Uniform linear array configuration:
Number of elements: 32
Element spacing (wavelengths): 0.5
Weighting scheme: cosine
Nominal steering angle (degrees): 15
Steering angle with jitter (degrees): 16.654
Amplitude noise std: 0.05
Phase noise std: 0.05

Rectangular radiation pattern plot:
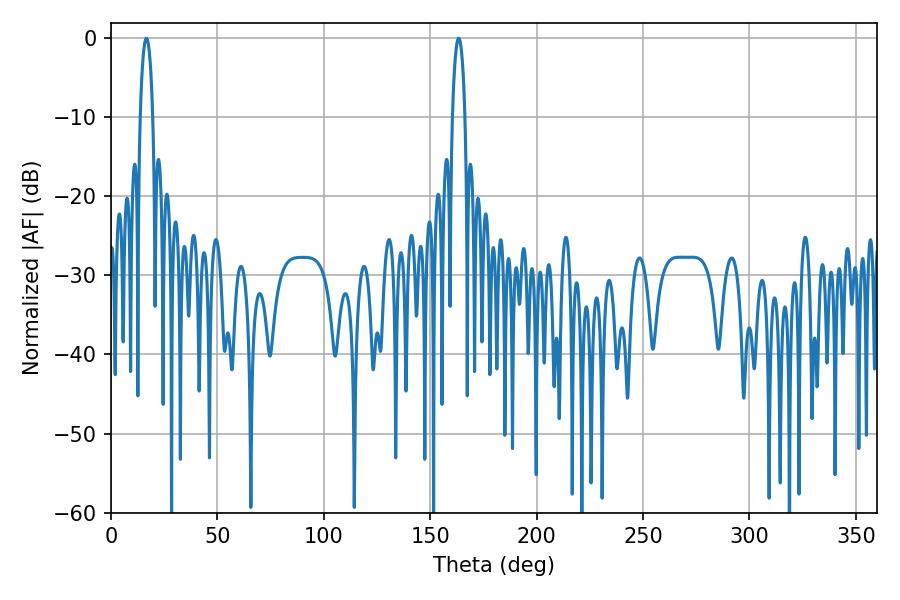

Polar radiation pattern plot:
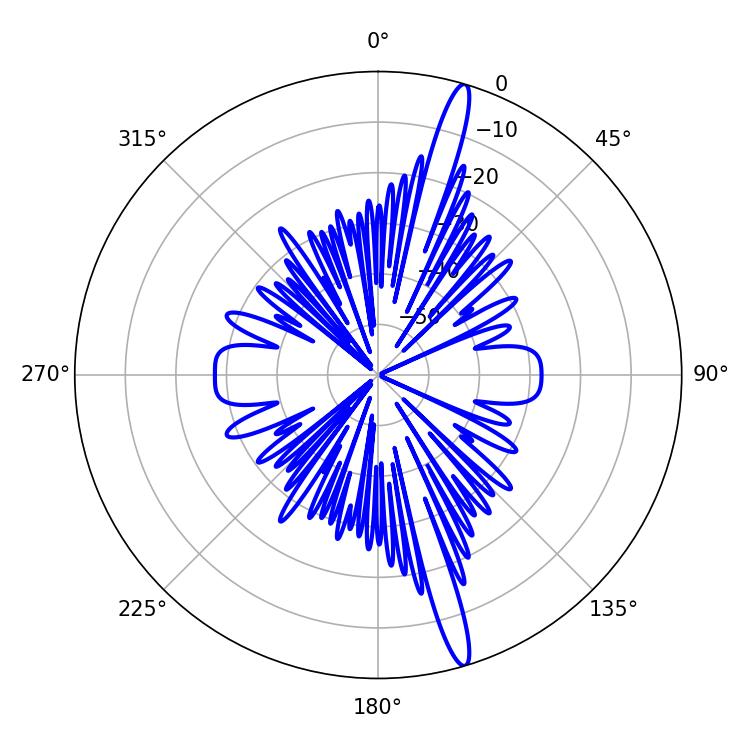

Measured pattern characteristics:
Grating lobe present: FALSE
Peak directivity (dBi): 17.284
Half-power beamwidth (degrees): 3.42
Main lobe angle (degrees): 16.56